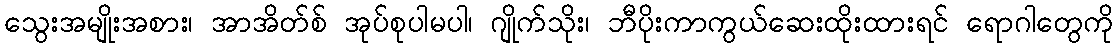
သွေးအမျိုးအစား၊ အာအိတ်စ် အုပ်စုပါမပါ၊ ဂျိုက်သိုး၊ ဘီပိုးကာကွယ်ဆေးထိုးထားရင် ရောဂါတွေကို